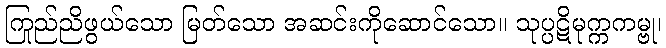
ကြည်ညိုဖွယ်သော မြတ်သော အဆင်းကိုဆောင်သော။ သုပ္ပဋိမုက္ကကမ္ဗု၊